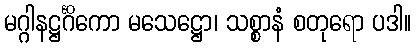
မဂ္ဂါနဋ္ဌင်္ဂိကော မသေဋ္ဌော၊ သစ္စာနံ စတုရော ပဒါ။